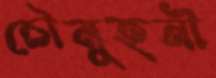
চৌমুহনী